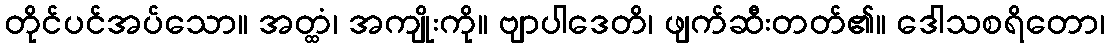
တိုင်ပင်အပ်သော။ အတ္ထံ၊ အကျိုးကို။ ဗျာပါဒေတိ၊ ဖျက်ဆီးတတ်၏။ ဒေါသစရိတော၊